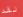
لقد